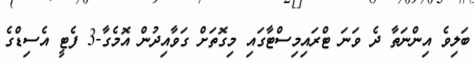
ބަލިވެ އިންނަތާ ދެ ވަނަ ޓްރައިމިސްޓާގައި މިގޮތަށް ގަވާއިދުން އޮމެގާ-3 ފެޓީ އެސިޑްގެ